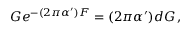
G e ^ { - ( 2 \pi \alpha ^ { \prime } ) { \cal F } } = ( 2 \pi \alpha ^ { \prime } ) d { \cal G } \, ,